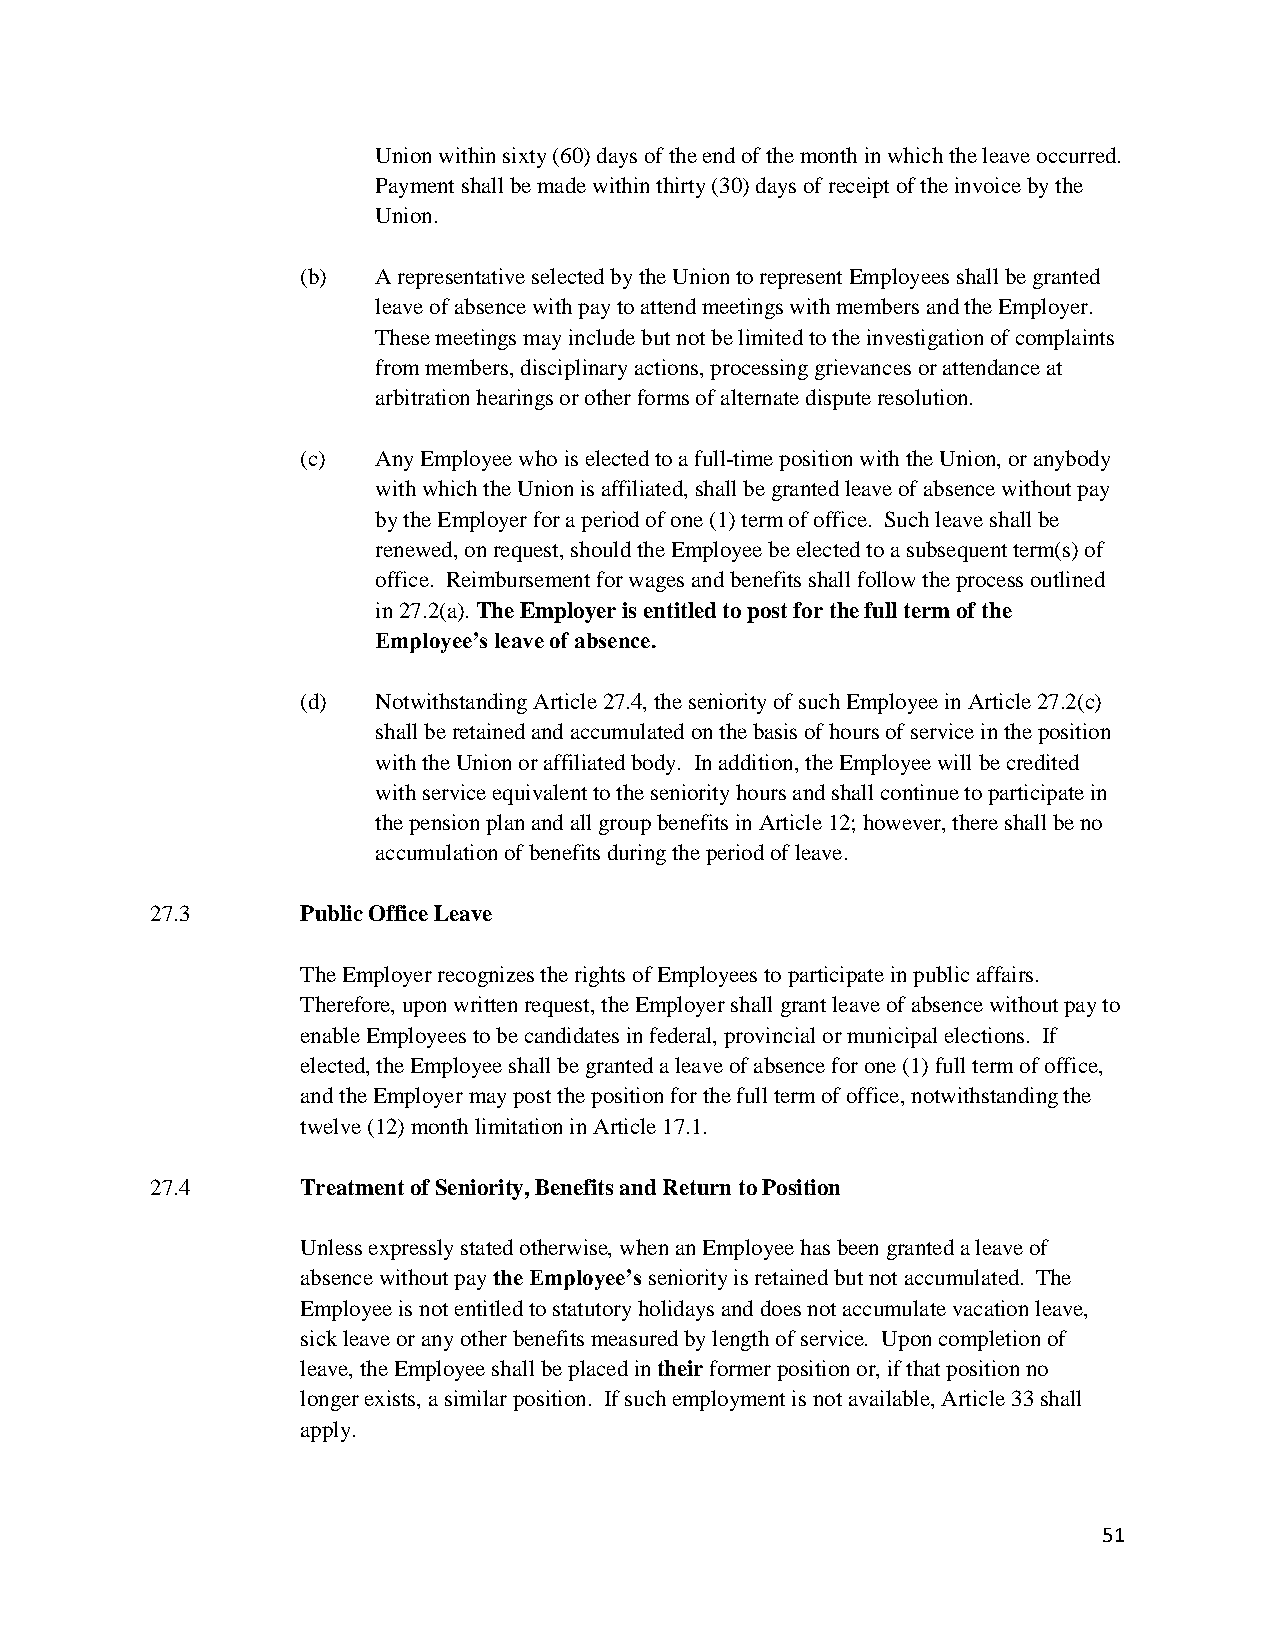
Union within sixty (60) days of the end of the month in which the leave occurred.
 Payment shall be made within thirty (30) days of receipt of the invoice by the
 Union.
 (b)  A representative selected by the Union to represent Employees shall be granted
 leave of absence with pay to attend meetings with members and the Employer.
 These meetings may include but not be limited to the investigation of complaints
 from members, disciplinary actions, processing grievances or attendance at
 arbitration hearings or other forms of alternate dispute resolution.
 (c)  Any Employee who is elected to a full-time position with the Union, or anybody
 with which the Union is affiliated, shall be granted leave of absence without pay
 by the Employer for a period of one (1) term of office. Such leave shall be
 renewed, on request, should the Employee be elected to a subsequent term(s) of
 office. Reimbursement for wages and benefits shall follow the process outlined
 in 27.2(a). The Employer is entitled to post for the full term of the
 Employee’s leave of absence.
 (d)  Notwithstanding Article 27.4, the seniority of such Employee in Article 27.2(c)
 shall be retained and accumulated on the basis of hours of service in the position
 with the Union or affiliated body. In addition, the Employee will be credited
 with service equivalent to the seniority hours and shall continue to participate in
 the pension plan and all group benefits in Article 12; however, there shall be no
 accumulation of benefits during the period of leave.
 27.3      Public Office Leave
 The Employer recognizes the rights of Employees to participate in public affairs.
 Therefore, upon written request, the Employer shall grant leave of absence without pay to
 enable Employees to be candidates in federal, provincial or municipal elections. If
 elected, the Employee shall be granted a leave of absence for one (1) full term of office,
 and the Employer may post the position for the full term of office, notwithstanding the
 twelve (12) month limitation in Article 17.1.
 27.4      Treatment of Seniority, Benefits and Return to Position
 Unless expressly stated otherwise, when an Employee has been granted a leave of
 absence without pay the Employee’s seniority is retained but not accumulated. The
 Employee is not entitled to statutory holidays and does not accumulate vacation leave,
 sick leave or any other benefits measured by length of service. Upon completion of
 leave, the Employee shall be placed in their former position or, if that position no
 longer exists, a similar position. If such employment is not available, Article 33 shall
 apply.
 51